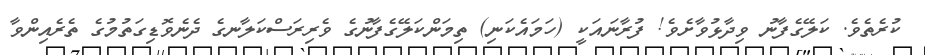
ކުރެތެވެ. ކަލޭގެފާނު ވިދާޅުވާށެވެ! ފުރާނައަކީ (ހަމައެކަނި) ތިމަންކަލޭގެފާނުގެ ވެރިރަސްކަލާނގެ ދެނެވޮޑިގަތުމުގެ ތެރެއިންވާ